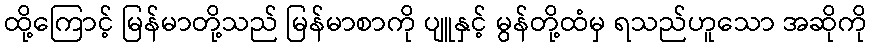
ထို့ကြောင့် မြန်မာတို့သည် မြန်မာစာကို ပျူနှင့် မွန်တို့ထံမှ ရသည်ဟူသော အဆိုကို